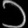
Digit: ၁